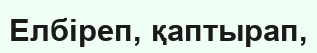
Елбіреп, қаптырап,